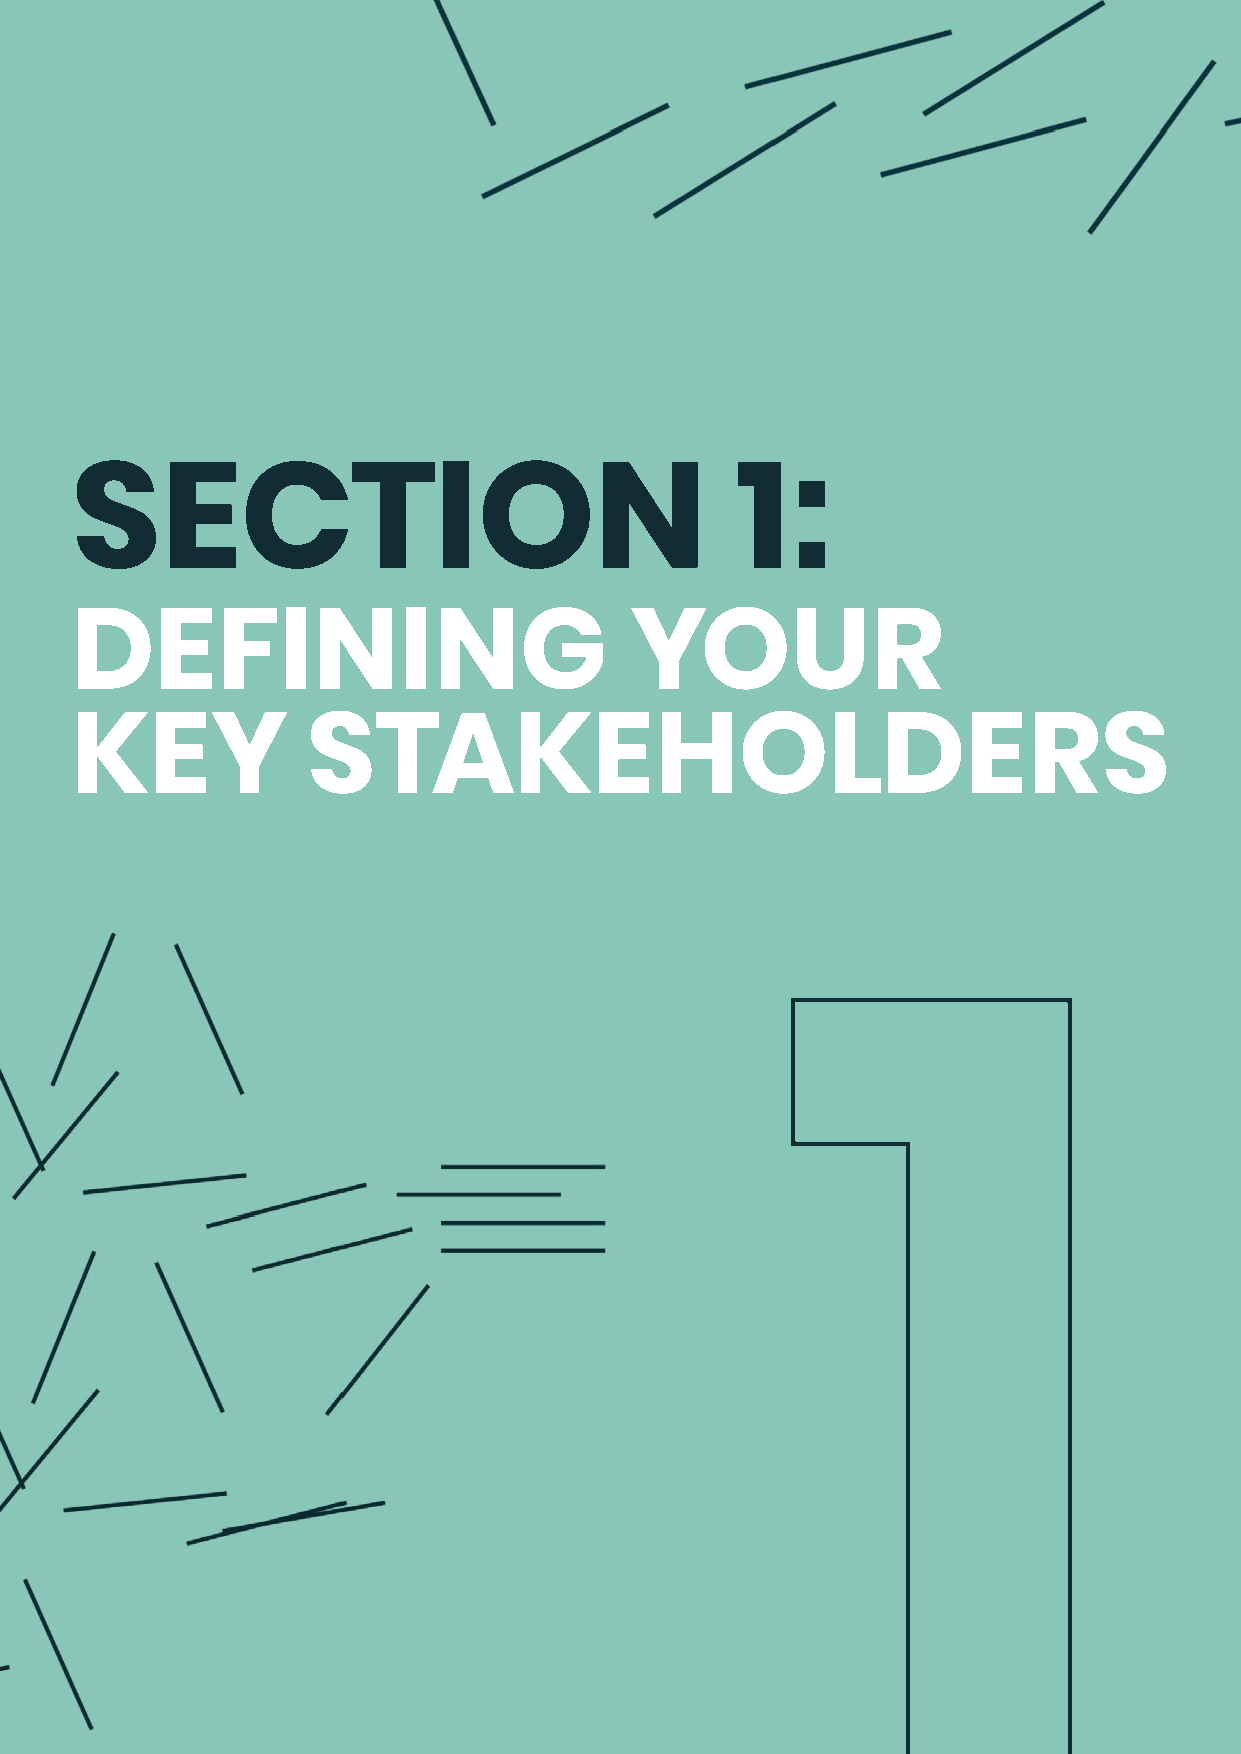
SECTION                                     1:
 DEFINING                             YOUR
 KEY            STAKEHOLDERS
 1
 9